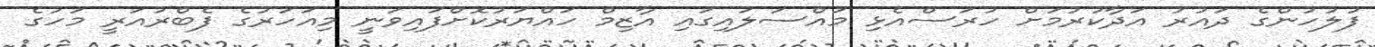
ފުލުހުންގެ ދައުރު އަދާކުރުމަށް ހުރަސްއެޅި މައްސަލައިގައި އާޒިމް ހައްޔަރުކޮށްފައިވަނީ މިއަހަރުގެ ފެބްރުއަރީ މަހުގެ